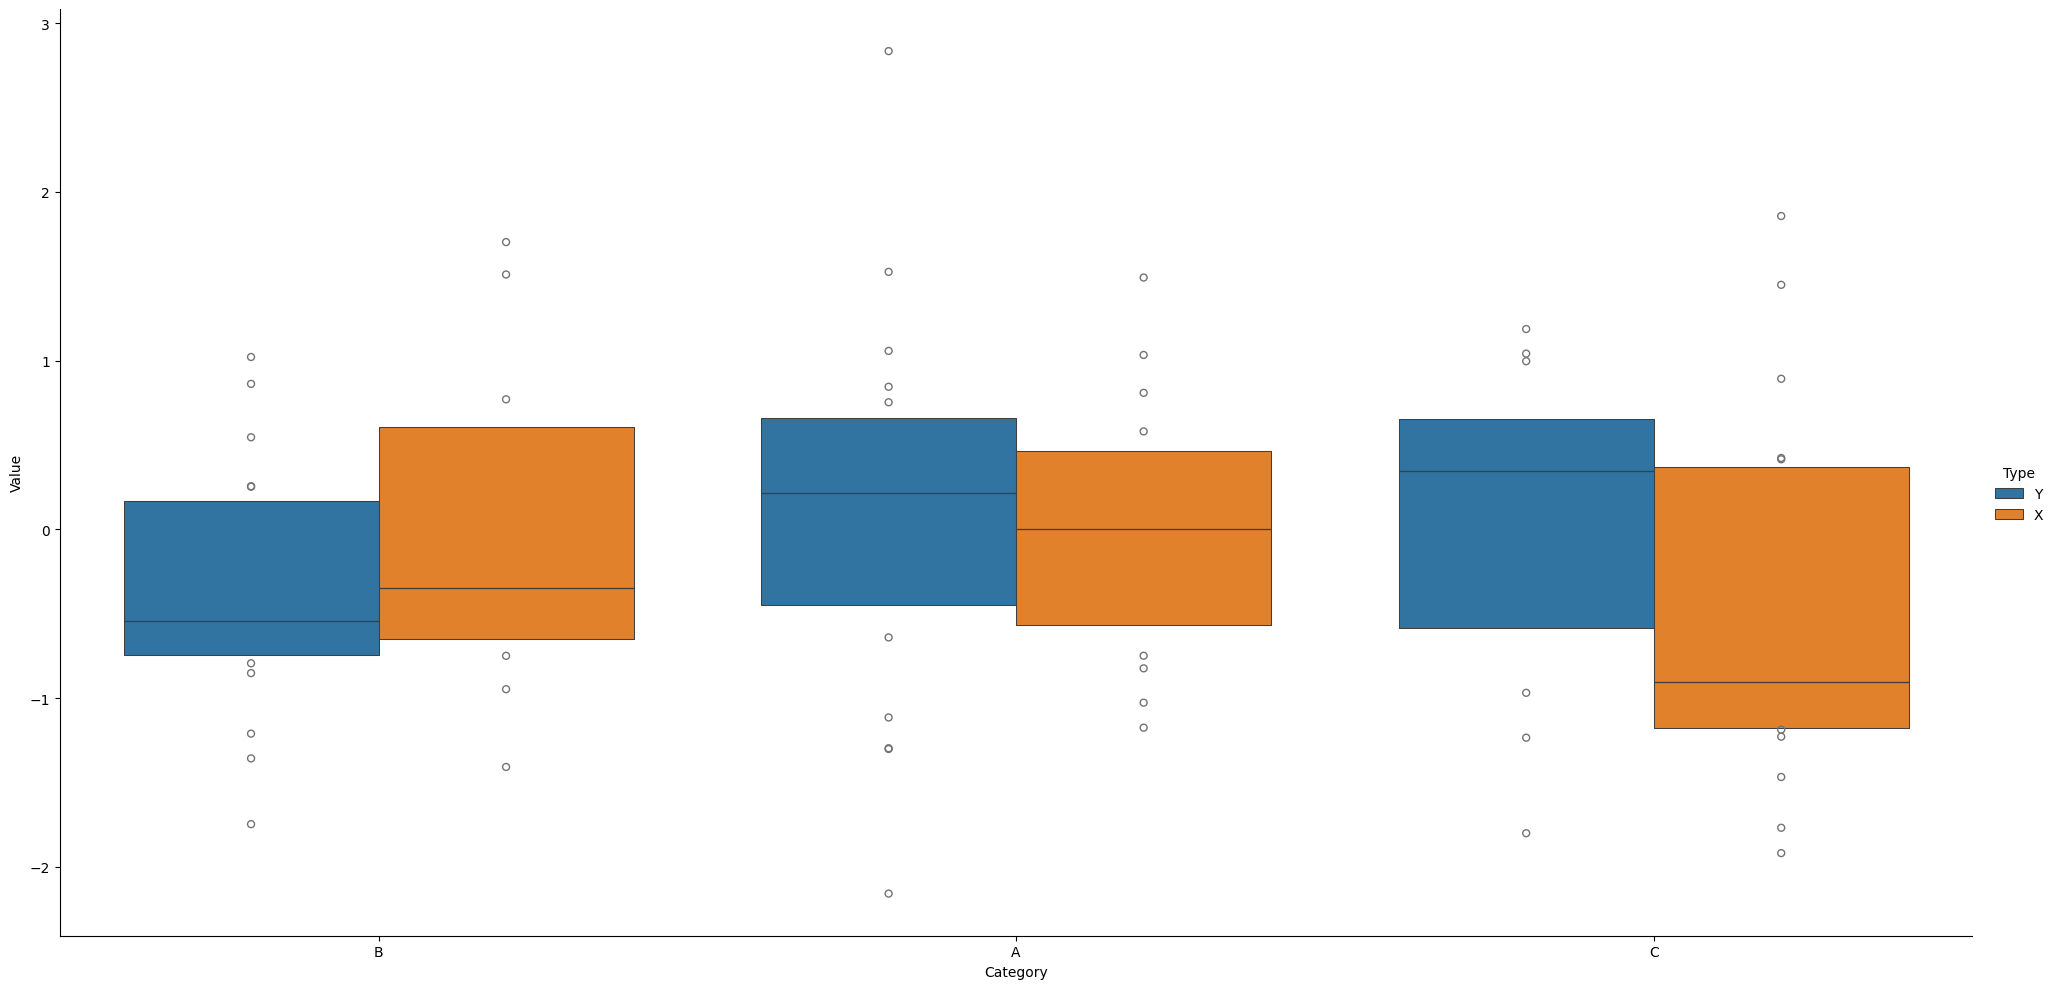
python, seaborn, catplot, kind='boxen', height=10, aspect=2